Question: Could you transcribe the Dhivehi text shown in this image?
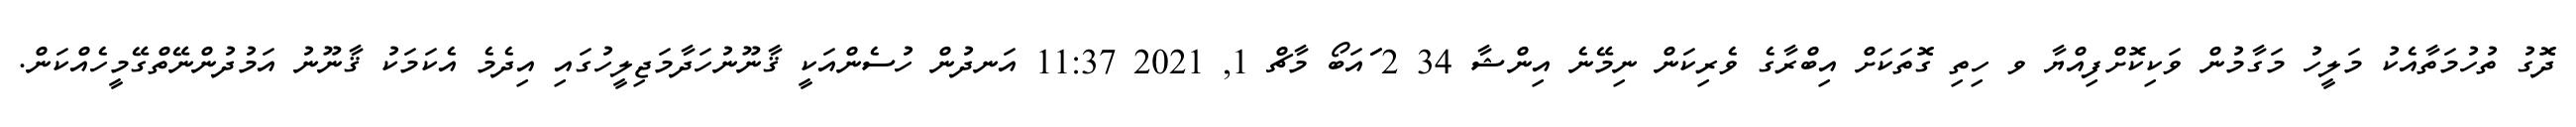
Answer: ދޮގު ތުހުމަތާއެކު މަލީހު މަގާމުން ވަކިކޮށްފިއްޔާ ވ ހިތި ގޮތަކަށް އިބްރާގެ ވެރިކަން ނިމޭނެ އިންޝާ 34 2 ަައަބޯ މާޗް 1, 2021 11:37 އަނދުން ހުސެންއަކީ ޤާނޫނުހަދާމަޖިލީހުގައި އިދެމެ އެކަމަކު ޤާނޫނު އަމުދުންނޭތްގޭމީހެއްކަން.